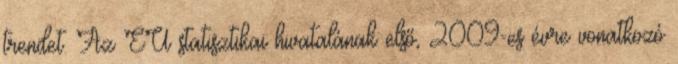
trendet. Az EU statisztikai hivatalának első, 2009-es évre vonatkozó